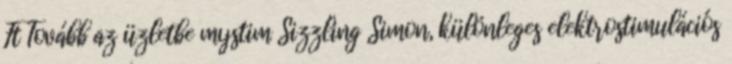
Ft Tovább az üzletbe mystim Sizzling Simon, különleges elektrostimulációs